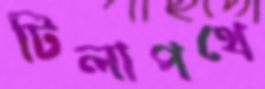
টিলাপথে